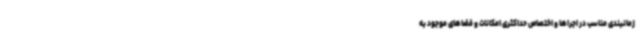
زمانبندی مناسب در اجراها و اختصاص حداکثری امکانات و فضاهای موجود به